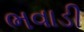
ભવાડી